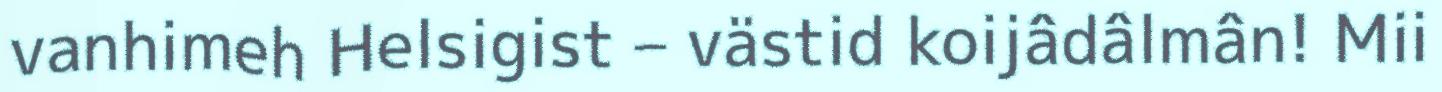
vanhimeh Helsigist – västid koijâdâlmân! Mii